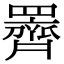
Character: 䍤